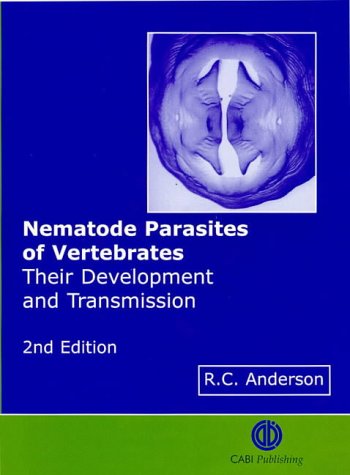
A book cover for Nematode Parasites of Vertebrates: Their Development and Transmission; CABI; Medical Books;